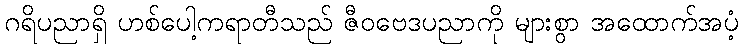
ဂရိပညာရှိ ဟစ်ပေါ့ကရာတီသည် ဇီဝဗေဒပညာကို များစွာ အထောက်အပံ့